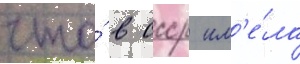
что́ в ссср им'е́ла